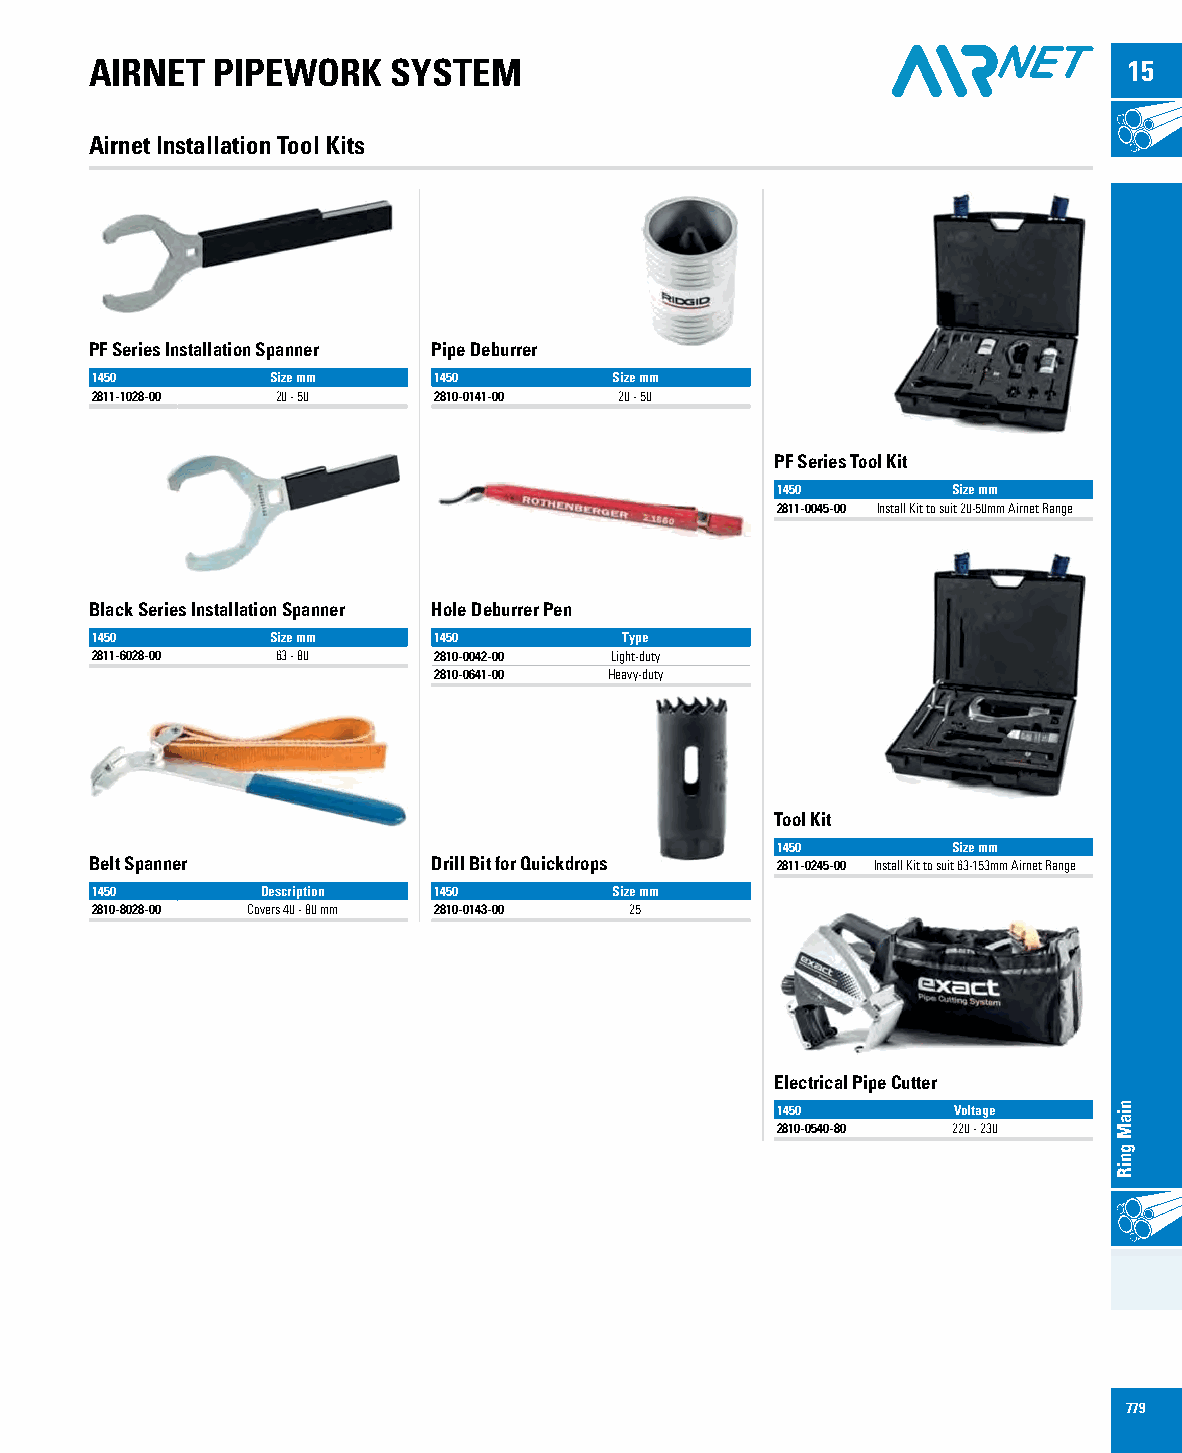
AIRNET  PIPEWORK    SYSTEM                                           15
 Airnet Installation Tool Kits
 PF Series Installation Spanner Pipe Deburrer
 1450        Size mm    1450        Size mm
 2811-1028-00 20 - 50   2810-0141-00 20 - 50
 PF Series Tool Kit
 1450        Size mm
 2811-0045-00 Install Kit to suit 20-50mm Airnet Range
 Black Series Installation Spanner Hole Deburrer Pen
 1450        Size mm    1450        Type
 2811-6028-00 63 - 80   2810-0042-00 Light-duty
 2810-0641-00 Heavy-duty
 Tool Kit
 1450        Size mm
 Belt Spanner           Drill Bit for Quickdrops 2811-0245-00 Install Kit to suit 63-153mm Airnet Range
 1450       Description 1450        Size mm
 2810-8028-00 Covers 40 - 80 mm 2810-0143-00 25
 Electrical Pipe Cutter
 1450        Voltage
 2810-0540-80 220 - 230
 779
 niaM
 gniR